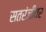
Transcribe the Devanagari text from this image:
सतरंजीवर